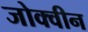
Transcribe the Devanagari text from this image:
जोक्वीन